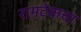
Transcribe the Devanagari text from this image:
रामटेकचा